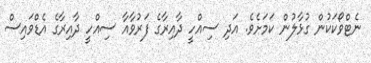
ނެޓްވޯކަކުން ގުޅާލުން ކަމަށެވެ. އަދި ސިއްހީ ދާއިރާގެ ފަރުވާއާ ސިއްހީ ދާއިރާގެ އެޑްވައިސް